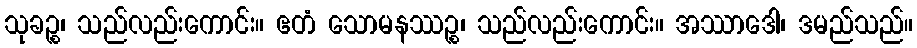
သုခဉ္စ၊ သည်လည်းကောင်း။ ဧတံ သောမနဿဉ္စ၊ သည်လည်းကောင်း။ အဿာဒေါ၊ ဒမည်သည်။